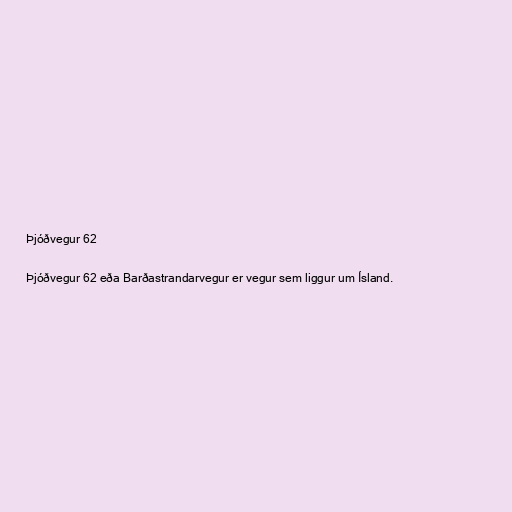
Þjóðvegur 62

Þjóðvegur 62 eða Barðastrandarvegur er vegur sem liggur um Ísland.